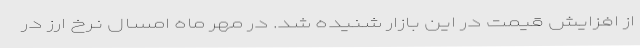
از افزایش قیمت در این بازار شنیده شد. در مهر ماه امسال نرخ ارز در